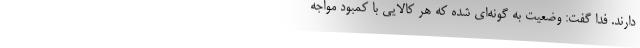
دارند. فدا گفت: وضعیت به گونه‌ای شده که هر کالایی با کمبود مواجه